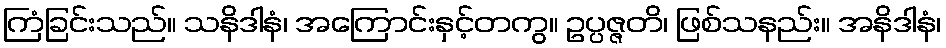
ကြံခြင်းသည်။ သနိဒါနံ၊ အကြောင်းနှင့်တကွ။ ဥပ္ပဇ္ဇတိ၊ ဖြစ်သနည်း။ အနိဒါနံ၊